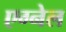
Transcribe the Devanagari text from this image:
एग्नेल